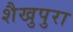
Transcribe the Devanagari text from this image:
शैखुपुरा